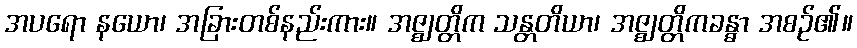
အပရော နယော၊ အခြားတစ်နည်းကား။ အဇ္ဈတ္တိက သန္တတိယာ၊ အဇ္ဈတ္တိကခန္ဓာ အစဉ်၏။